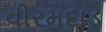
વીરમદાડ